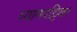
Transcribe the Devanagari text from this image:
श्यामपट्टिका